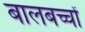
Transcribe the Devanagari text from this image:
बालबच्चों